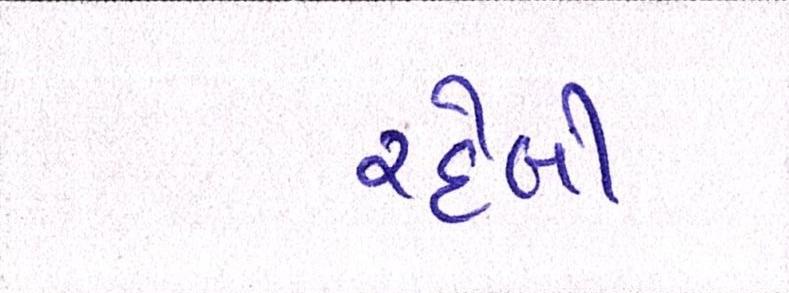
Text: રહેલી